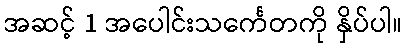
အဆင့် 1 အပေါင်းသင်္ကေတကို နှိပ်ပါ။